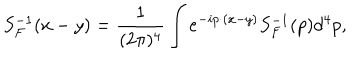
S _ { F } ^ { - 1 } ( x - y ) = { \frac { 1 } { ( 2 \pi ) ^ { 4 } } } \int e ^ { - i p \cdot ( x - y ) } S _ { F } ^ { - 1 } ( p ) d ^ { 4 } p ,